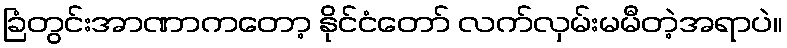
ခြံတွင်းအာဏာကတော့ နိုင်ငံတော် လက်လှမ်းမမီတဲ့အရာပဲ။